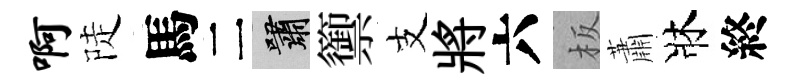
啊陡馬二嘯籞支將六板蕭牀終